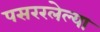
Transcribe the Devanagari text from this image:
पसररलेल्या